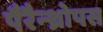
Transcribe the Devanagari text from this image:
पैरैन्थ्रोपस